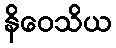
နိဝေသိယ